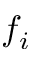
f _ { i }